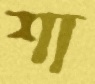
শা